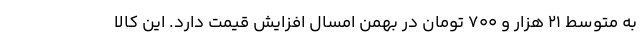
به متوسط ۲۱ هزار و ۷۰۰ تومان در بهمن امسال افزایش قیمت دارد. این کالا